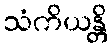
သံကိယန္တိ